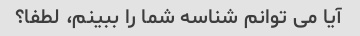
آیا می توانم شناسه شما را ببینم، لطفا؟